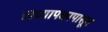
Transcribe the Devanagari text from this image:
प्राध्यापकापासून